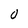
Character: O